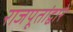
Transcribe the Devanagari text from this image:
राजपूतांद्वारे